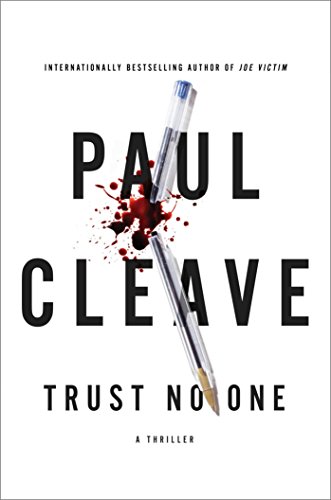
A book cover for Trust No One: A Thriller; Paul Cleave; Mystery, Thriller & Suspense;